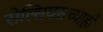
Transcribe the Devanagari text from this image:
सेल्सियसच्याही